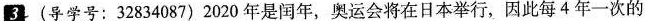
3(导学号：32834087)2020年是闰年，奥运会将在日本举行，因此每4年一次的